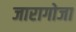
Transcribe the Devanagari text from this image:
जारागोजा